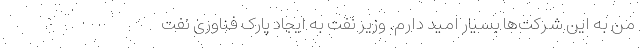
من به این شرکت‌ها بسیار امید دارم. وزیر نفت به ایجاد پارک فناوری نفت